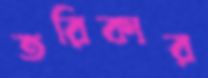
তরিকার